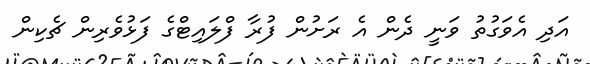
އަދި އެވަގުތު ވަނީ ދެން އެ ރަށުން ފުރާ ފްލައިޓްގެ ފަޅުވެރިން ޗެކިން